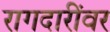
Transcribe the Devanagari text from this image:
रागदारींवर